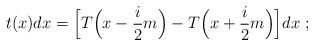
LaTeX: \begin{align*}t(x)dx=\Big[T\Big(x-\frac{i}{2}m\Big)- T\Big(x+\frac{i}{2}m\Big)\Big]dx\ ;\end{align*}